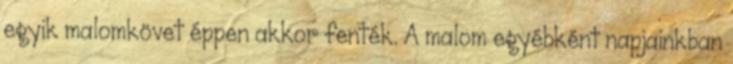
egyik malomkövet éppen akkor fenték. A malom egyébként napjainkban